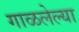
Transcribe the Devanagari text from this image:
गाळलेल्या